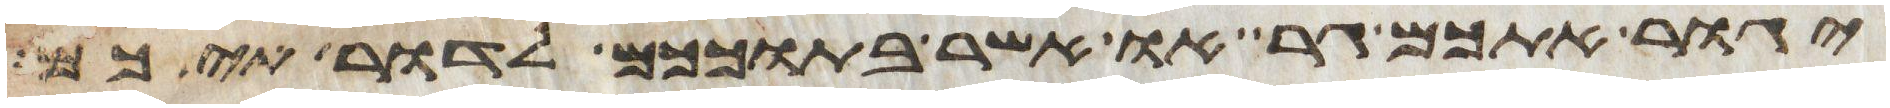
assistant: יגור אתכם גר או אשר בתוככם לדרתיכם